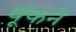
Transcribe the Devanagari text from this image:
थूंकने